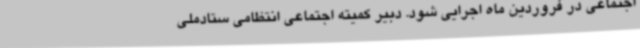
اجتماعی در فروردین ماه اجرایی شود. دبیر کمیته اجتماعی انتظامی ستادملی